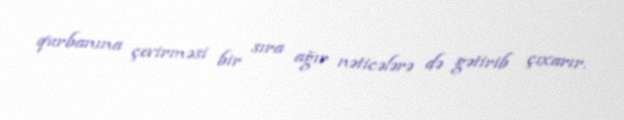
qurbanına çevirməsi bir sıra ağır nəticələrə də gətirib çıxarır.